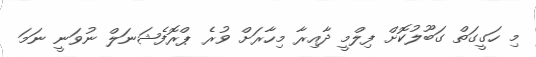
މި ހަގީގަތް ގަބޫލުކޮށް ފިލްމީ ދާއިރާ މިހާރަށް ވުރެ ޕްރޮފެޝަނަލް ނުވަނީ ނަމަ